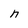
Character: n